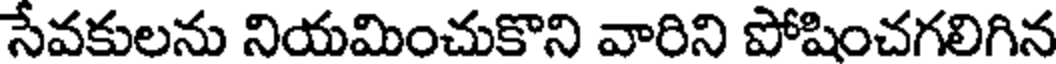
సేవకులను నియమించుకొని వారిని పోషించగలిగిన